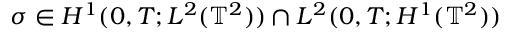
\sigma \in H ^ { 1 } ( 0 , T ; L ^ { 2 } ( \mathbb { T } ^ { 2 } ) ) \cap L ^ { 2 } ( 0 , T ; H ^ { 1 } ( \mathbb { T } ^ { 2 } ) )